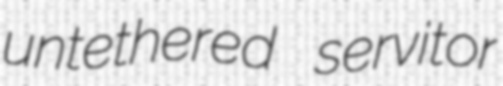
untethered servitor